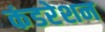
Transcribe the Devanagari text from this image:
कंडरेशन